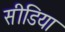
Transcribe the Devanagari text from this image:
सीडिया